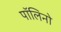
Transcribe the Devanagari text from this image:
पॉलिनो